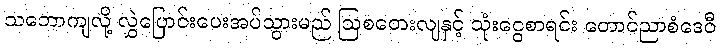
သဘောကျလို့ လွှဲပြောင်းပေးအပ်သွားမည် ဩစတေးလျနှင့် သုံးငွေစာရင်း တောင်ညာစံဒေဝီ